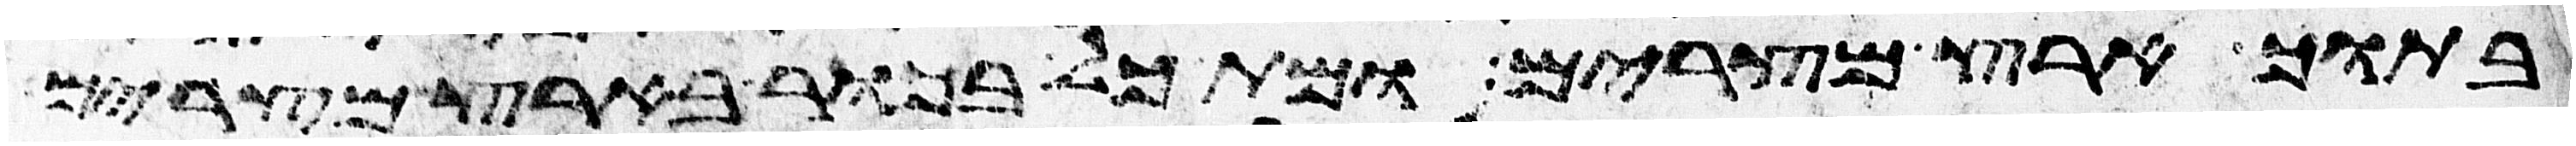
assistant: בתוך ארץ מצרים ומת כל בכור בארץ מצרים